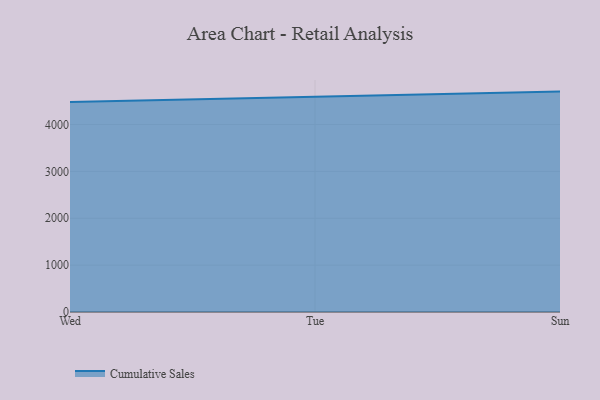
{"axis": {"x": "Day", "y": "Production Output"}, "legend": ["Cumulative Sales"], "data": [{"x": "Wed", "y": 4478.3, "type": "Cumulative Sales"}, {"x": "Tue", "y": 4596.7, "type": "Cumulative Sales"}, {"x": "Sun", "y": 4702.0, "type": "Cumulative Sales"}]}